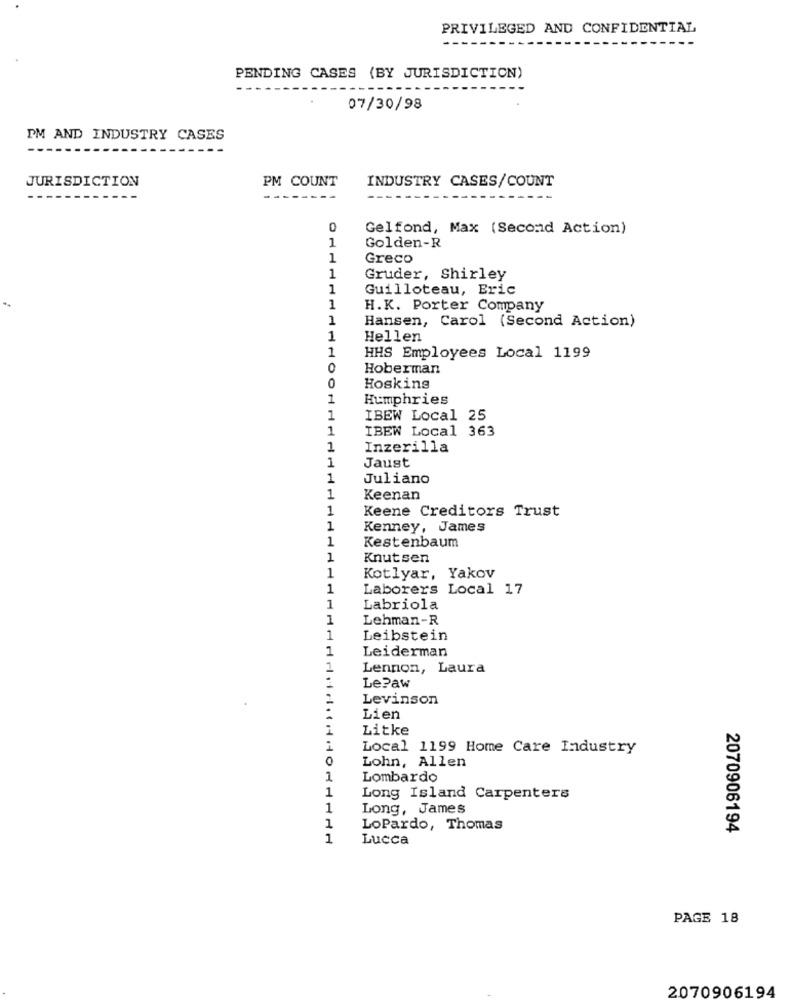
PRIVILEGED AND CONFIDENTIAL
--
PENDING CASES (BY JURISDICTION)
07/30/98
PM AND INDUSTRY CASES
JURISDICTION
PM COUNT
INDUSTRY CASES/COUNT
Gelfond, Max (Second Action)
1
Golden-R
1
Greco
1
Gruder, Shirley
1
Guilloteau, Eric
1
H.K. Porter Company
1
Hansen, Carol (Second Action)
1
Hellen
1
HHS Employees Local 1199
0
Hoberman
0
Hoskins
1
Humphries
1
IBEW Local 25
1
IBEW Local 363
1
Inzerilla
1
Jaust
1
Juliano
1
Keenan
1
Keene Creditors Trust
1
Kenney, James
1
Kestenbaum
1
Knutsen
1
Kotlyar, Yakov
1
Laborers Local 17
1
Labriola
1
Lehman-R
1
Leibstein
1
Leiderman
1
Lennon, Laura
Le?aw
Levinson
Lien
Litke
1
Local 1199 Home Care Industry
0
Lohn, Allen
1
Lombardo
1
Long Island Carpenters
1
Long, James
1
LoPardo, Thomas
2070906194
1
Lucca
PAGE 18
2070906194